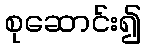
စုဆောင်း၍